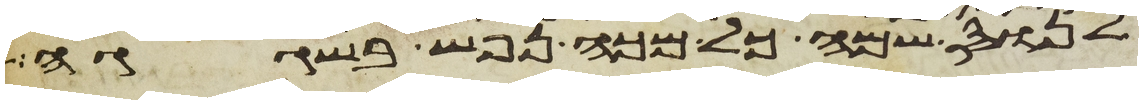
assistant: לנוס שמה כל מכה נפש בשגגה